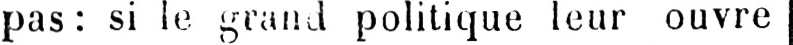
pas: si le grand politique leur ouvre